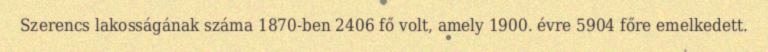
Szerencs lakosságának száma 1870-ben 2406 fő volt, amely 1900. évre 5904 főre emelkedett.